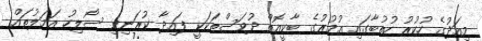
މިއަދުގެ ހުކުރު ހުތުބާގައި އުމުރުގެ ބާކީއޮތް ދުވަސްތަކަކީ ފައިދާ ކުރަނިވި ސޯލިހު އަމަލުތައް